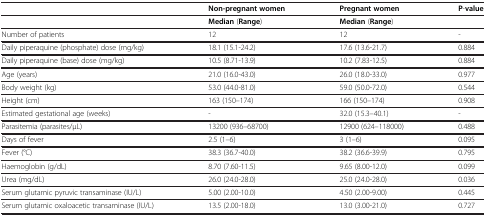
<table><thead><tr><td><b> </b></td><td><b>Non-pregnant women</b></td><td><b>Pregnant women</b></td><td><b>P-value</b></td></tr></thead><tbody><tr><td> </td><td><b>Median</b> (<b>Range</b>)</td><td><b>Median</b> (<b>Range</b>)</td><td> </td></tr><tr><td>Number of patients</td><td>12</td><td>12</td><td>-</td></tr><tr><td>Daily piperaquine (phosphate) dose (mg/kg)</td><td>18.1 (15.1-24.2)</td><td>17.6 (13.6-21.7)</td><td>0.884</td></tr><tr><td>Daily piperaquine (base) dose (mg/kg)</td><td>10.5 (8.71-13.9)</td><td>10.2 (7.83-12.5)</td><td>0.884</td></tr><tr><td>Age (years)</td><td>21.0 (16.0-43.0)</td><td>26.0 (18.0-33.0)</td><td>0.977</td></tr><tr><td>Body weight (kg)</td><td>53.0 (44.0-81.0)</td><td>59.0 (50.0-72.0)</td><td>0.544</td></tr><tr><td>Height (cm)</td><td>163 (150–174)</td><td>166 (150–174)</td><td>0.908</td></tr><tr><td>Estimated gestational age (weeks)</td><td>-</td><td>32.0 (15.3–40.1)</td><td>-</td></tr><tr><td>Parasitemia (parasites/μL)</td><td>13200 (936–68700)</td><td>12900 (624–118000)</td><td>0.488</td></tr><tr><td>Days of fever</td><td>2.5 (1–6)</td><td>3 (1–6)</td><td>0.095</td></tr><tr><td>Fever (°C)</td><td>38.3 (36.7-40.0)</td><td>38.2 (36.6-39.9)</td><td>0.795</td></tr><tr><td>Haemoglobin (g/dL)</td><td>8.70 (7.60-11.5)</td><td>9.65 (8.00-12.0)</td><td>0.099</td></tr><tr><td>Urea (mg/dL)</td><td>26.0 (24.0-28.0)</td><td>25.0 (24.0-28.0)</td><td>0.036</td></tr><tr><td>Serum glutamic pyruvic transaminase (IU/L)</td><td>5.00 (2.00-10.0)</td><td>4.50 (2.00-9.00)</td><td>0.445</td></tr><tr><td>Serum glutamic oxaloacetic transaminase (IU/L)</td><td>13.5 (2.00-18.0)</td><td>13.0 (3.00-21.0)</td><td>0.727</td></tr></tbody></table>